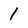
Character: 1